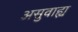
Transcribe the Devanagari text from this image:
असुवाह्य